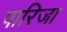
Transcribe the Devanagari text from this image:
पारिजा